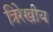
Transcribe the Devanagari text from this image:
त्रिरेखीय